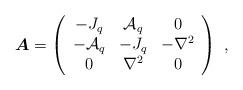
LaTeX: \begin{align*}{\boldsymbol A}= \left( \begin{array}{ccc} -J_q & \mathcal{A}_q & 0 \\ -\mathcal{A}_q & -J_q & -\nabla^2 \\ 0 & \nabla^2 & 0 \end{array} \right)~,\end{align*}